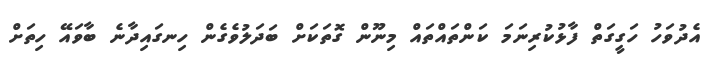
އެދުވަހު ހަގީގަތް ފާޅުކުރިނަމަ ކަންތައްތައް މިނޫން ގޮތަކަށް ބަދަލުވެގެން ހިނގައިދާނެ ބާވައޭ ހިތަށް